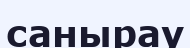
санырау